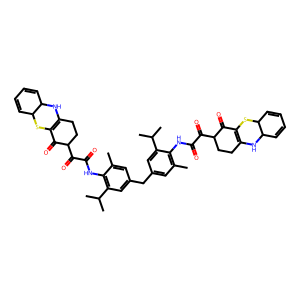
SMILES: Cc1cc(Cc2cc(C)c(NC(=O)C(=O)C3CCC4=C(SC5C=CC=CC5N4)C3=O)c(C(C)C)c2)cc(C(C)C)c1NC(=O)C(=O)C1CCC2=C(SC3C=CC=CC3N2)C1=O
Inhibits HIV replication: No